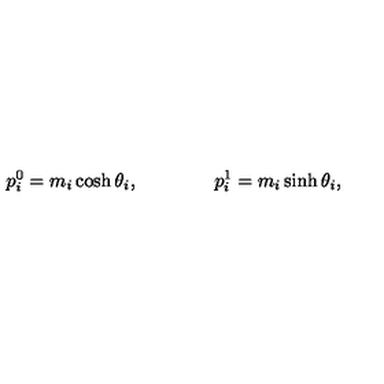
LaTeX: p _ { i } ^ { 0 } = m _ { i } \cosh \theta _ { i } , \qquad \qquad p _ { i } ^ { 1 } = m _ { i } \sinh \theta _ { i } ,